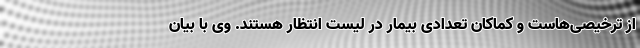
از ترخیصی‌هاست و کماکان تعدادی بیمار در لیست انتظار هستند. وی با بیان